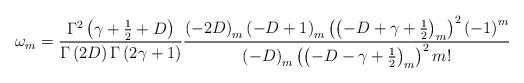
LaTeX: \begin{align*}\omega _{m}=\frac{\Gamma ^{2}\left( \gamma +\frac{1}{2}+D\right) }{\Gamma\left( 2D\right) \Gamma \left( 2\gamma +1\right) }\frac{\left( -2D\right)_{m}\left( -D+1\right) _{m}\left( \left( -D+\gamma +\frac{1}{2}\right)_{m}\right) ^{2}\left( -1\right) ^{m}}{\left( -D\right) _{m}\left( \left(-D-\gamma +\frac{1}{2}\right) _{m}\right) ^{2}m!} \end{align*}